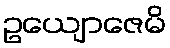
ဥယျောဇေမိ